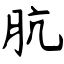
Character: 肮